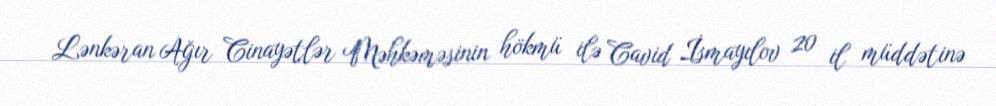
Lənkəran Ağır Cinayətlər Məhkəməsinin hökmü ilə Cavid İsmayılov 20 il müddətinə